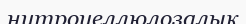
нитроцеллюлозалық